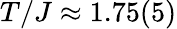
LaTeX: T/J\approx 1.75(5)